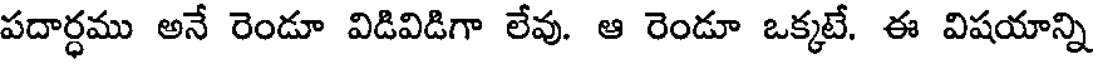
పదార్ధము అనే రెండూ విడివిడిగా లేవు. ఆ రెండూ ఒక్కటే. ఈ విషయాన్ని